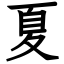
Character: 夏